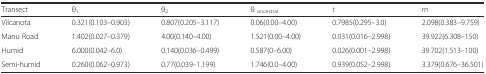
| Transect | θ1 | θ2 | θ ancestral | t | m |
 | --- | --- | --- | --- | --- | --- |
 | Vilcanota | 0.321(0.103–0.903) | 0.807(0.205–3.117) | 0.06(0.00–4.00) | 0.7985(0.295–3.0) | 2.098(0.383–9.759) |
 | Manu Road | 1.402(0.027–0.379) | 4.00(0.140–4.00) | 1.521(0.00–4.00) | 0.031(0.016–2.998) | 39.922(6.308–150) |
 | Humid | 6.000(0.042–6.0) | 0.140(0.036–0.499) | 0.587(0–6.00) | 0.026(0.001–2.998) | 39.702(1.513–100) |
 | Semi-humid | 0.260(0.062–0.973) | 0.77(0.039–1.199) | 1.746(0.0–4.00) | 0.939(0.052–2.998) | 3.379(0.676–36.501) |